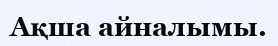
Ақша айналымы.